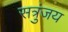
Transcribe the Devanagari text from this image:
सत्रुंजय